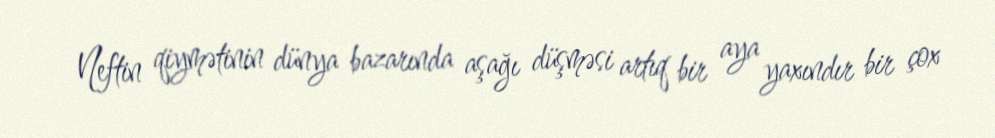
Neftin qiymətinin dünya bazarında aşağı düşməsi artıq bir aya yaxındır bir çox